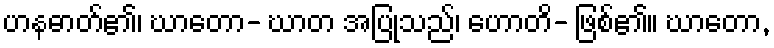
ဟနဓာတ်၏၊ ဃာတော- ဃာတ အပြုသည်၊ ဟောတိ- ဖြစ်၏။ ဃာတော,